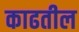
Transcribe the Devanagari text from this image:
काढतील